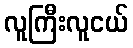
လူကြီးလူငယ်